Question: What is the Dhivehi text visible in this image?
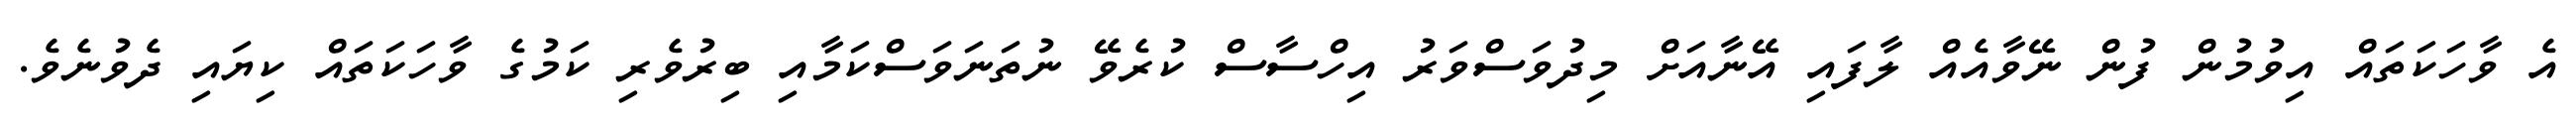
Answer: އެ ވާހަކަތައް އިވުމުން ފުން ނޭވާއެއް ލާފައި އޭނާއަށް މިދުވަސްވަރު އިހްސާސް ކުރެވޭ ނުތަނަވަސްކަމާއި ބިރުވެރި ކަމުގެ ވާހަކަތައް ކިޔައި ދެވުނެވެ.